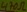
Text: 470Ω